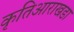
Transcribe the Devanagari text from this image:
कृतिआराखडा